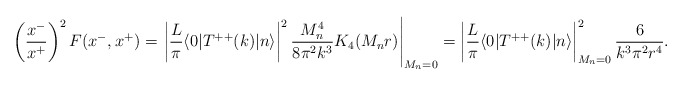
\begin{align*}\left( x^- \over x^+ \right)^2 F(x^-,x^+) = \left. \left| {L \over \pi}\langle 0 | T^{++}(k) | n \rangle \right|^2 {M_n^4 \over 8 \pi^2 k^3 }K_4(M_n r) \right|_{M_n =0} =\left| {L \over \pi} \langle 0 | T^{++}(k) | n \rangle \right|^2_{M_n=0}{6 \over k^3 \pi^2 r^4} .\end{align*}